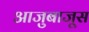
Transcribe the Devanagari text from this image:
आजुबाजूस